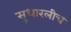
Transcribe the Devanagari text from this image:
सुधारलीच